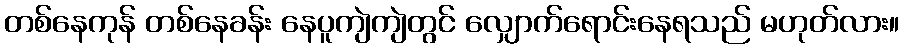
တစ်နေကုန် တစ်နေခန်း နေပူကျဲကျဲတွင် လျှောက်ရောင်းနေရသည် မဟုတ်လား။